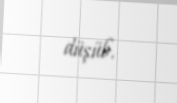
düşüb.